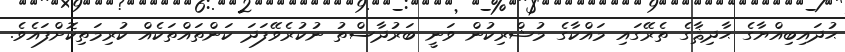
ޙުދައިބިއްޔާގެ ޙާދިޘާގެ ތެރޭގައި މައްކާގެ މުޝްރިކުން ވަނީ ބަރުދާސްތު ނުކުރެވޭފަދަ ކަންތައްތަކެއް ކުރިމަތިކޮށްފައެވެ.